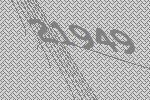
21949